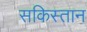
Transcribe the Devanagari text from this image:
सकिस्तान